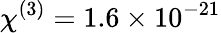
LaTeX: \chi^{(3)}=1.6\times 10^{-21}